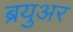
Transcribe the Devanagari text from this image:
ब्रयुअर